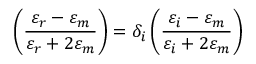
\left( \frac { \varepsilon _ { r } - \varepsilon _ { m } } { \varepsilon _ { r } + 2 \varepsilon _ { m } } \right) = \delta _ { i } \left( \frac { \varepsilon _ { i } - \varepsilon _ { m } } { \varepsilon _ { i } + 2 \varepsilon _ { m } } \right)